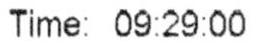
TIME: 09:29:00